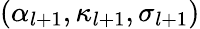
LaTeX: (\alpha_{l+1},\kappa_{l+1},\sigma_{l+1})